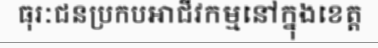
ធុរៈជនប្រកបអាជីវកម្មនៅក្នុងខេត្ត